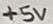
Text: +5V